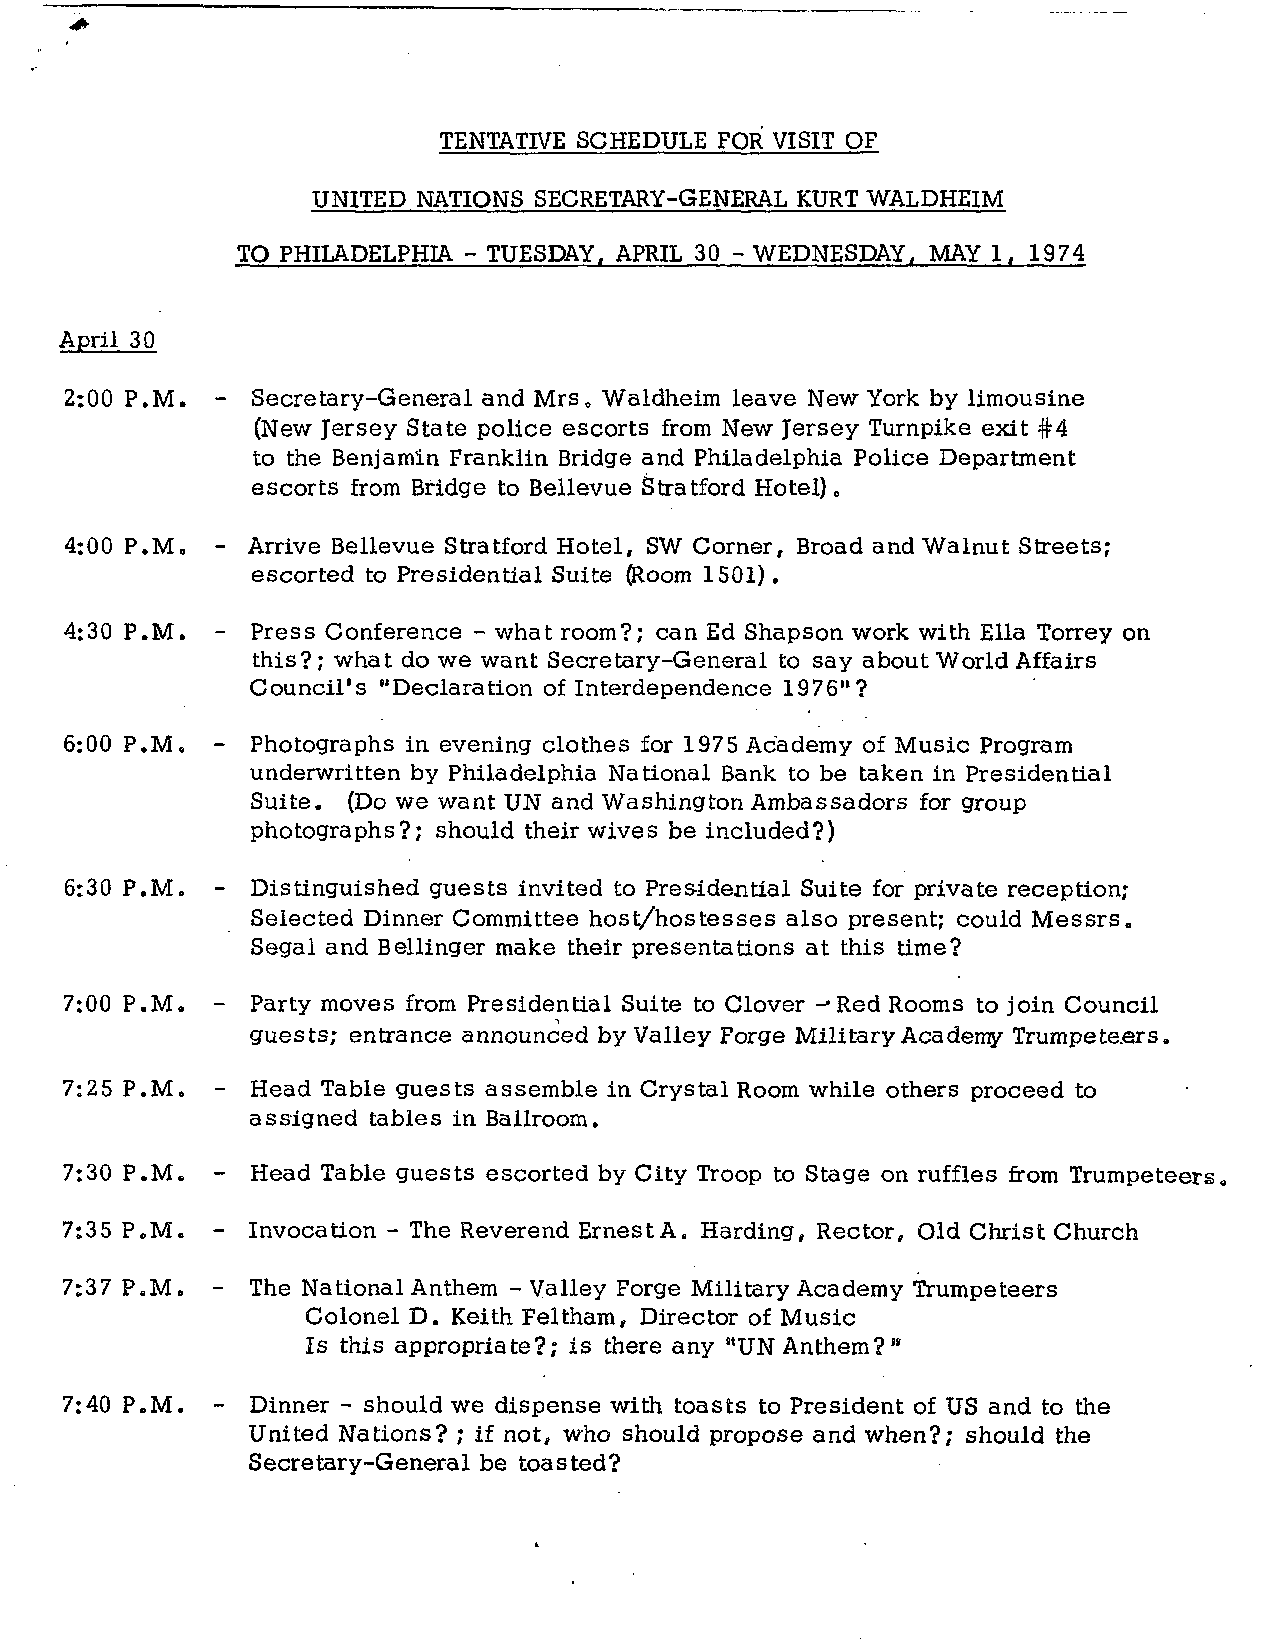
TENTATIVE SCHEDULE FOR VISIT OF
 UNITED NATIONS SECRETARY-GENERAL KURT WALDHEIM
 TO PHILADELPHIA - TUESDAY, APRIL 30 - WEDNESDAY, MAY 1. 1974
 April 30
 2:00 P.M. -  Secretary-General and Mrs, Waldheim leave New York by limousine
 (New Jersey State police escorts from New Jersey Turnpike exit #4
 to the Benjamin Franklin Bridge and Philadelphia Police Department
 escorts from Bridge to Bellevue Stratford Hotel),,
 4:00 P.Mo - Arrive Bellevue Stratford Hotel, SW Corner, Broad and Walnut Streets;
 escorted to Presidential Suite (Room 1501).
 4:30 P.M. -  Press Conference - what room?; can Ed Shapson work with Ella Torrey on
 this?; what do we want Secretary-General to say about World Affairs
 Council's "Declaration of Interdependence 1976"?
 6:00 P.M. - Photographs in evening clothes for 1975 Academy of Music Program
 underwritten by Philadelphia National Bank to be taken in Presidential
 Suite. (Do we want UN and Washington Ambassadors for group
 photographs?; should their wives be included?)
 6:30 P.M. -  Distinguished guests invited to Presidential Suite for private reception;
 Selected Dinner Committee host/hostesses also present; could Messrs,
 Segal and Bellinger make their presentations at this time?
 7:00 P.M. - Party moves from Presidential Suite to Clover JRed Rooms to join Council
 guests; entrance announced by Valley Forge Military Academy Trumpete.ers.
 7:25 P.M. - Head Table guests assemble in Crystal Room while others proceed to
 assigned tables in Ballroom.
 7:30 P.M. - Head Table guests escorted by City Troop to Stage on ruffles from Trumpeteers«,
 7:35 P.M. - Invocation - The Reverend Ernest A. Harding, Rector, Old Christ Church
 7:37 P.M. - The National Anthem - Valley Forge Military Academy Trumpeteers
 Colonel D. Keith Feltham, Director of Music
 Is this appropriate?; is there any "UN Anthem?"
 7:40 P.M. - Dinner - should we dispense with toasts to President of US and to the
 United Nations? ; if not, who should propose and when?; should the
 Secretary-General be toasted?